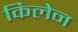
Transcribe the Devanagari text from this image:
किलेन